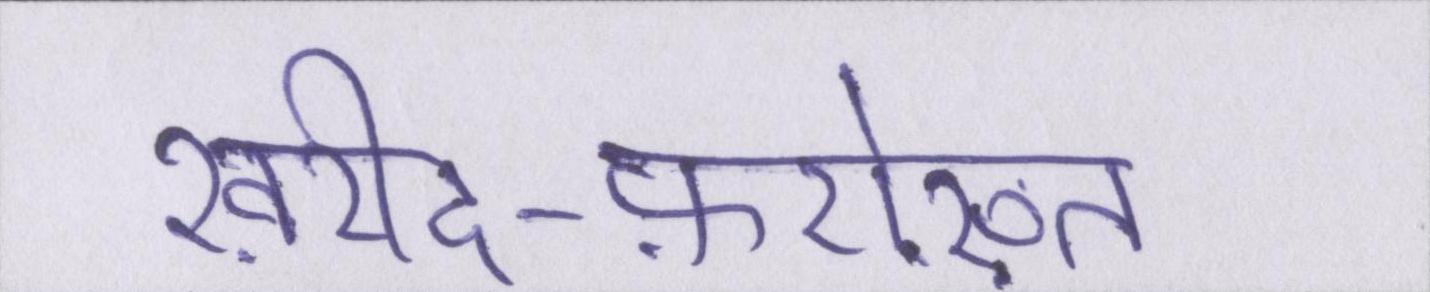
ख़रीद-फ़रोख़्त